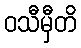
ဝသီမှီတိ